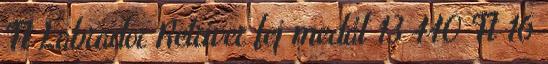
Ft Labrador Retriver fej medál 13 440 Ft 16